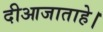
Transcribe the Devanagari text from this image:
दीआजाताहे।